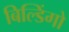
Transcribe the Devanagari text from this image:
बिल्डिंगो